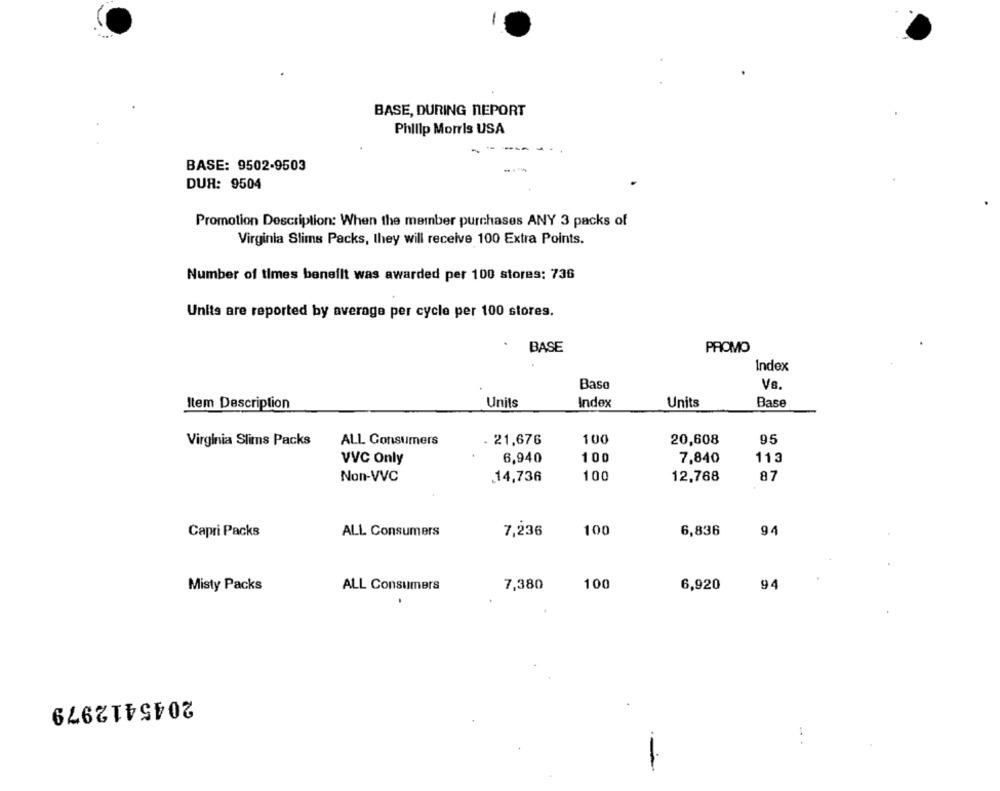
BASE, DURING NEPORT
Philip Morris USA
BASE: 9502-9503
DUR: 9504
Promotion Description: When the member purchases ANY 3 packs of
Virginia Slims Packs, they will receive 100 Extra Points.
Number of times benefit was awarded per 100 stores: 736
Units are reported by average per cycle per 100 stores.
BASE
PROMO
Index
Base
Vs.
Units
Index
Units
Base
Item Description
Virginia Slims Packs
ALL Consumers
. 21,676
100
20,608
95
6,940
100
7,840
113
VVC Only
100
Non-VVC
14,736
12,768
87
94
Capri Packs
ALL Consumers
7,236
100
6,836
100
94
Misty Packs
ALL Consumers
7,380
6,920
2045412979
-